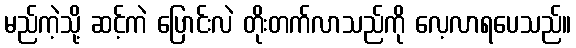
မည်ကဲ့သို့ ဆင့်ကဲ ပြောင်းလဲ တိုးတက်လာသည်ကို လေ့လာရပေသည်။